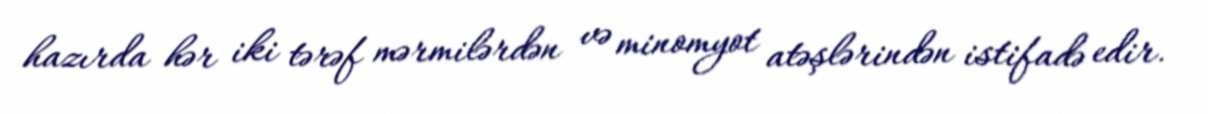
hazırda hər iki tərəf mərmilərdən və minomyot atəşlərindən istifadə edir.